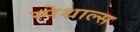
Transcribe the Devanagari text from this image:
स्पेशाल्स